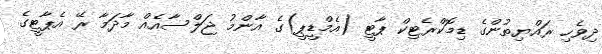
ދިވެހި ރައްޔިތުންގެ ޑިމޮކްރެޓިކް ޕާޓީ (އެމްޑީޕީ)ގެ އާންމު ޖަލްސާއެއް މާދަމާ ރޭ އެޕާޓީގެ